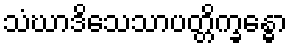
သံဃာဒိသေသာပတ္တိက္ခန္ဓော